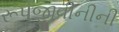
રૂપજીવીનીની